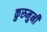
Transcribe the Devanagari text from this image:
कुरुमुनी